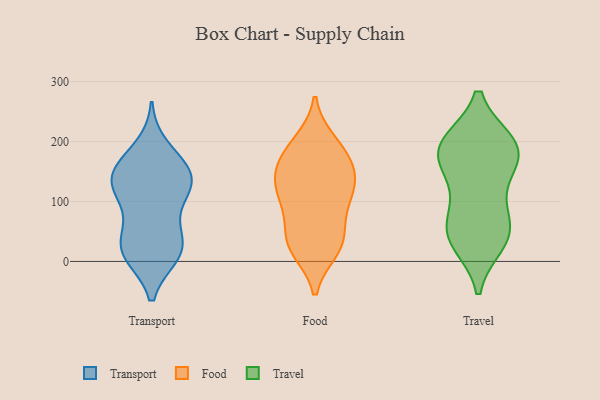
{"axis": {"x": "Waste Production (Tons)", "y": "Value"}, "legend": ["Food", "Transport", "Travel"], "data": [{"x": "", "y": 191, "type": "Transport"}, {"x": "", "y": 156, "type": "Transport"}, {"x": "", "y": 156, "type": "Transport"}, {"x": "", "y": 133, "type": "Transport"}, {"x": "", "y": 44, "type": "Transport"}, {"x": "", "y": 120, "type": "Transport"}, {"x": "", "y": 58, "type": "Transport"}, {"x": "", "y": 132, "type": "Transport"}, {"x": "", "y": 35, "type": "Transport"}, {"x": "", "y": 14, "type": "Transport"}, {"x": "", "y": 138, "type": "Transport"}, {"x": "", "y": 10, "type": "Transport"}, {"x": "", "y": 11, "type": "Transport"}, {"x": "", "y": 163, "type": "Transport"}, {"x": "", "y": 104, "type": "Transport"}, {"x": "", "y": 12, "type": "Transport"}, {"x": "", "y": 115, "type": "Transport"}, {"x": "", "y": 97, "type": "Food"}, {"x": "", "y": 193, "type": "Food"}, {"x": "", "y": 112, "type": "Food"}, {"x": "", "y": 28, "type": "Food"}, {"x": "", "y": 146, "type": "Food"}, {"x": "", "y": 164, "type": "Food"}, {"x": "", "y": 56, "type": "Food"}, {"x": "", "y": 137, "type": "Food"}, {"x": "", "y": 27, "type": "Food"}, {"x": "", "y": 147, "type": "Food"}, {"x": "", "y": 179, "type": "Food"}, {"x": "", "y": 121, "type": "Food"}, {"x": "", "y": 95, "type": "Food"}, {"x": "", "y": 31, "type": "Food"}, {"x": "", "y": 20, "type": "Food"}, {"x": "", "y": 199, "type": "Food"}, {"x": "", "y": 181, "type": "Travel"}, {"x": "", "y": 106, "type": "Travel"}, {"x": "", "y": 44, "type": "Travel"}, {"x": "", "y": 197, "type": "Travel"}, {"x": "", "y": 73, "type": "Travel"}, {"x": "", "y": 196, "type": "Travel"}, {"x": "", "y": 164, "type": "Travel"}, {"x": "", "y": 44, "type": "Travel"}, {"x": "", "y": 152, "type": "Travel"}, {"x": "", "y": 188, "type": "Travel"}, {"x": "", "y": 32, "type": "Travel"}, {"x": "", "y": 47, "type": "Travel"}, {"x": "", "y": 197, "type": "Travel"}]}